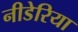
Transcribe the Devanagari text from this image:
नीडेरिया